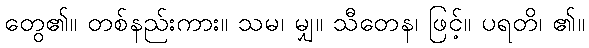
တွေ၏။ တစ်နည်းကား။ သမ၊ မျှ။ သီတေန၊ ဖြင့်။ ပရတိ၊ ၏။